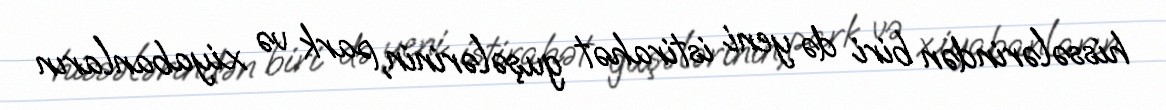
hissələrindən biri də yeni istirahət guşələrinin, park və xiyabanların